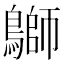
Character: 鶳